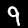
Label: 9